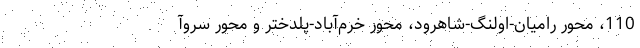
110، محور رامیان-اولنگ-شاهرود، محور‌‌ خرم‌آباد-پلدختر و محور سروآ